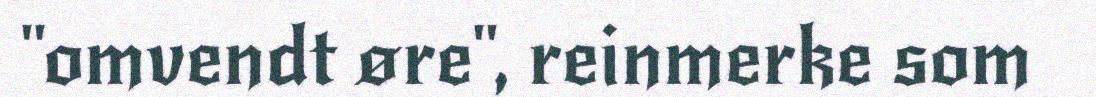
"omvendt øre", reinmerke som